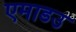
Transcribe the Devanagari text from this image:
एमाडउ